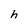
Character: h